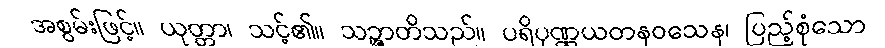
အစွမ်းဖြင့်။ ယုတ္တာ၊ သင့်၏။ သဉ္ဇာတိသည်။ ပရိပုဏ္ဏယတနဝသေန၊ ပြည့်စုံသော